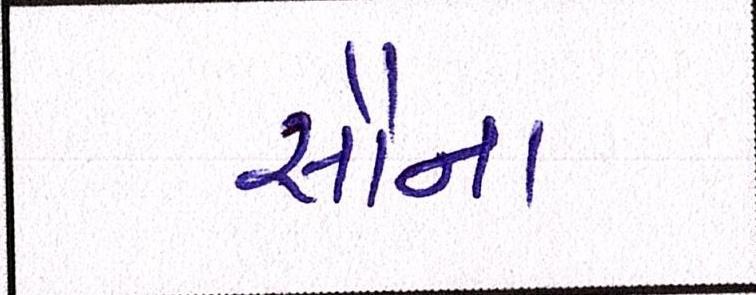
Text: સૌના